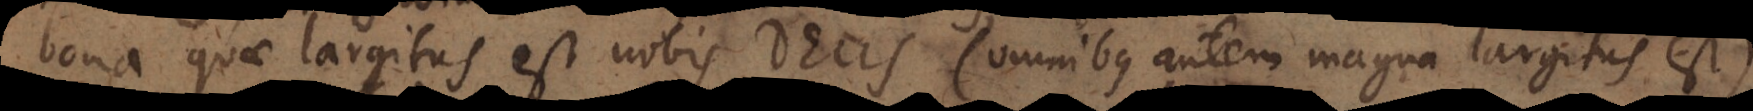
bona quae largitus est nobis Deus (omnibus autem magna largitus est)